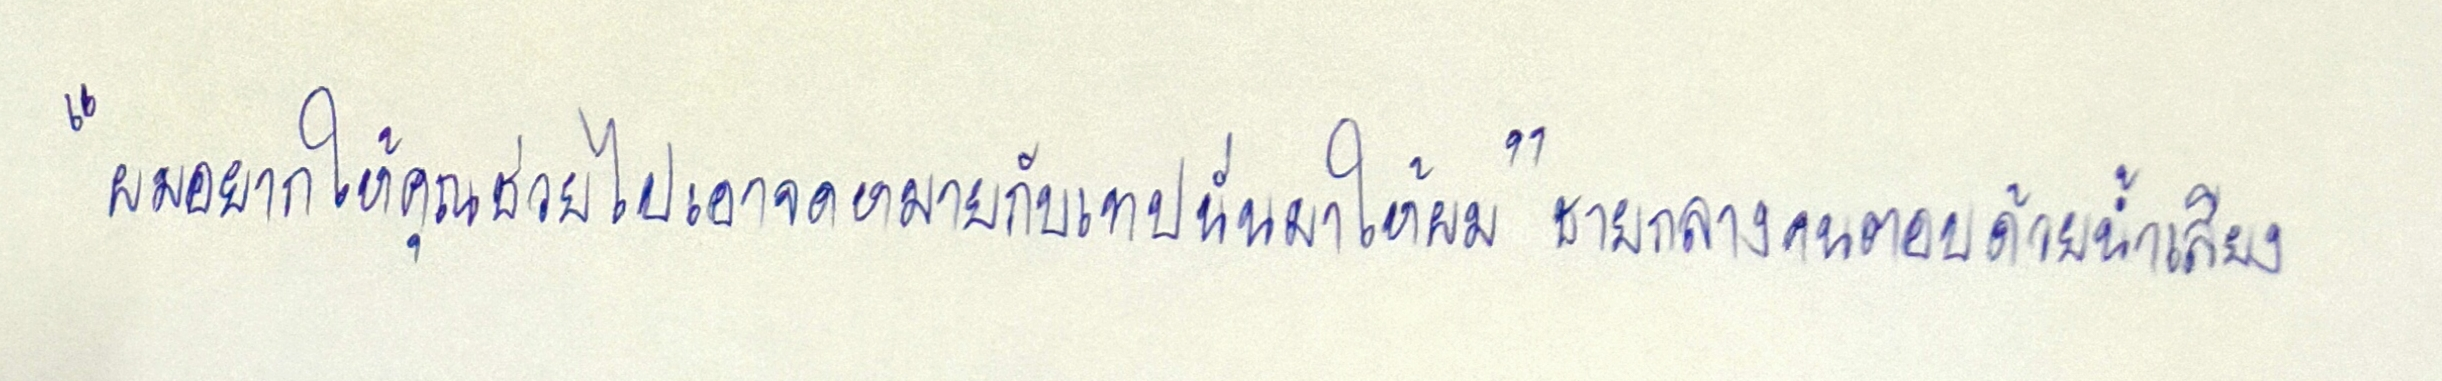
"ผมอยากให้คุณช่วยไปเอาจดหมายกับเทปนั่นมาให้ผม"ชายกลางคนตอบด้วยน้ำเสียง